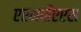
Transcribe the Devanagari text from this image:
एएमपीएएस